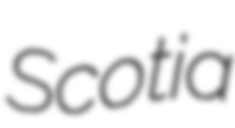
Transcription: Scotia